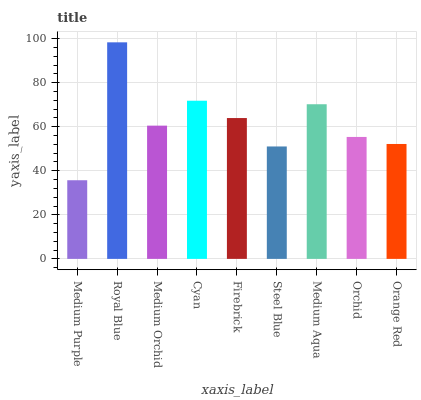
| xaxis_label | bars |
 | --- | --- |
 | Medium Purple | 35.7 |
 | Royal Blue | 98.3 |
 | Medium Orchid | 60.5 |
 | Cyan | 71.8 |
 | Firebrick | 63.9 |
 | Steel Blue | 51 |
 | Medium Aqua | 70.2 |
 | Orchid | 55.4 |
 | Orange Red | 52.2 |